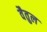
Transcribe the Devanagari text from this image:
वैतुल